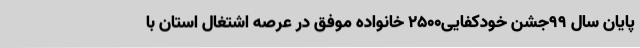
پایان سال 99جشن خودکفایی2500 خانواده موفق در عرصه اشتغال استان با